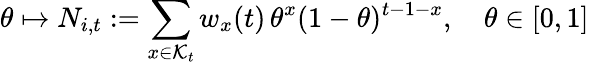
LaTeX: \theta\mapsto N_{i,t}:=\sum_{x\in\mathcal{K}_{t}}w_{x}(t)\, \theta^{x}(1-\theta)^{t-1-x},\quad\theta\in[0,1]